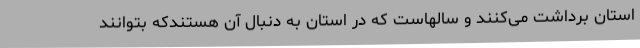
استان برداشت می‌کنند و سالهاست که در استان به دنبال آن هستندکه بتوانند